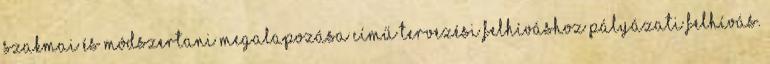
szakmai és módszertani megalapozása című tervezési felhíváshoz PÁLYÁZATI FELHÍVÁS.